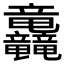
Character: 𮄿